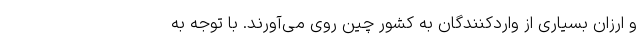
و ارزان بسیاری از واردکنندگان به کشور چین روی می‌آورند. با توجه به